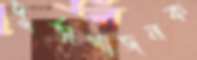
দুর্ভাগ্যজনক